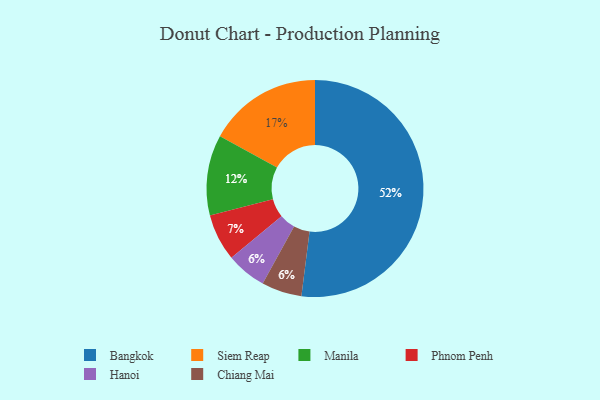
{"axis": {"x": "Category", "y": "Percentage"}, "legend": ["Bangkok", "Chiang Mai", "Hanoi", "Manila", "Phnom Penh", "Siem Reap"], "data": [{"x": "Hanoi", "y": 6, "type": "Hanoi"}, {"x": "Phnom Penh", "y": 7, "type": "Phnom Penh"}, {"x": "Manila", "y": 12, "type": "Manila"}, {"x": "Bangkok", "y": 52, "type": "Bangkok"}, {"x": "Chiang Mai", "y": 6, "type": "Chiang Mai"}, {"x": "Siem Reap", "y": 17, "type": "Siem Reap"}]}